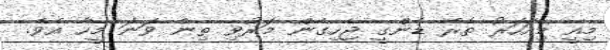
މިއީ މިއަހަރު ތެރޭ ޑެންގީ ޖެހިގެން މަރުވި ތިން ވަނަ މީހާ އެވެ.